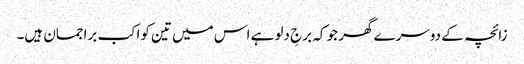
زائچہ کے دوسرے گھر جو کہ برجِ دلو ہے اس میں تین کواکب براجمان ہیں۔